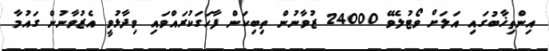
އިންތިޚާބުގައި އަލަށް ވޯޓުލެވޭ 24000 ޒުވާނުން ތިބިކަން ފާހަގަކުރައްވައި ވިދާޅުވީ އެޒުވާނުން ގައުމާ